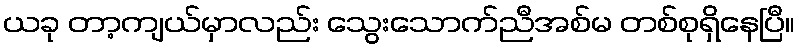
ယခု တာ့ကျယ်မှာလည်း သွေးသောက်ညီအစ်မ တစ်စုရှိနေပြီ။